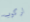
لركوب